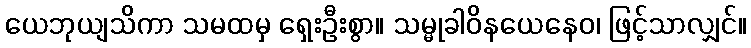
ယေဘုယျသိကာ သမထမှ ရှေးဦးစွာ။ သမ္မုခါဝိနယေနေဝ၊ ဖြင့်သာလျှင်။